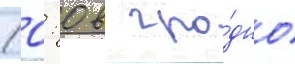
(0: 0 в гро́дно